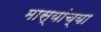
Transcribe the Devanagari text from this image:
मास्यांच्या